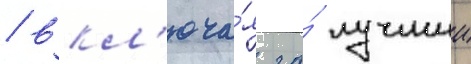
/ вкл'юча́я за́ лучшии